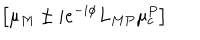
\left[ \mu _ { M } \pm i e ^ { - i \phi } L _ { M P } \mu _ { c } ^ { P } \right]